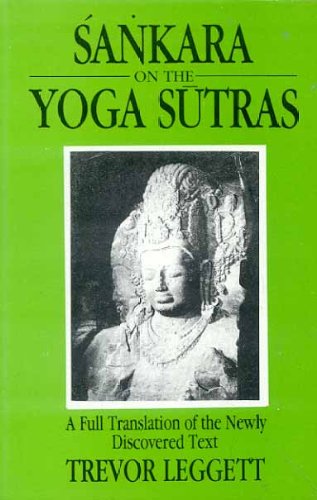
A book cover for Sankara on the Yoga Sutras (A Full Translation of the Newly Discovered Text); Trevor Leggett; Religion & Spirituality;